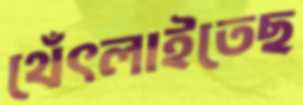
থেঁৎলাইতেছ